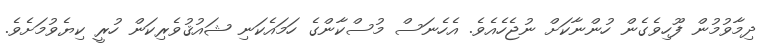
ދިމާވުމުން ފޫހިވެގެން ހުންނާކަށް ނުޖެހެއެވެ. އެހެނަސް މުސްކާންގެ ހަމައެކަނި ޝައުޤުވެރިކަން ހުރީ ކިޔެވުމަށެވެ.